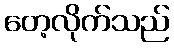
တေ့လိုက်သည်